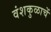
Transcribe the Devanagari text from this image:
वंशकुळाचें